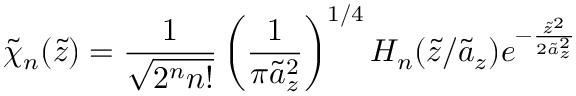
\tilde { \chi } _ { n } ( \tilde { z } ) = \frac { 1 } { \sqrt { 2 ^ { n } n ! } } \left( \frac { 1 } { \pi \tilde { a } _ { z } ^ { 2 } } \right) ^ { 1 / 4 } H _ { n } ( \tilde { z } / \tilde { a } _ { z } ) e ^ { - \frac { \tilde { z } ^ { 2 } } { 2 \tilde { a } _ { z } ^ { 2 } } }